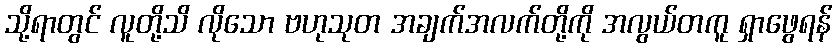
သို့ရာတွင် လူတို့သိ လိုသော ဗဟုသုတ အချက်အလက်တို့ကို အလွယ်တကူ ရှာဖွေရန်